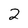
Character: 2